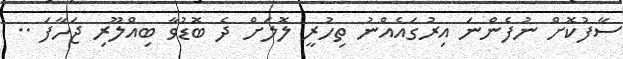
ސާފުކޮށް ނުފެންނަ އިރުގައެއްނު ތިހުރީ ލޮލަށް ދެ ބޮޑުވާ ބިއްލޫރި ޖަހާފަ ..